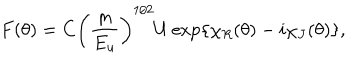
F ( \theta ) = C { \left( \frac { m } { E _ { u } } \right) } ^ { 1 / 2 } U \exp \{ \chi _ { R } ( \theta ) - i \chi _ { J } ( \theta ) \} ,